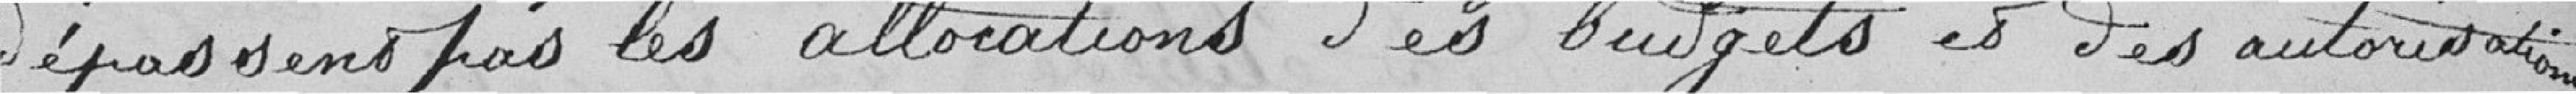
dépassent pas les allocations des budgets et des autorisations